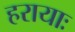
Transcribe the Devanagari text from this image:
हरायाः